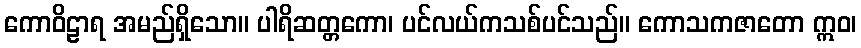
ကောဝိဠာရ အမည်ရှိသော။ ပါရိဆတ္တကော၊ ပင်လယ်ကသစ်ပင်သည်။ ကောသကဇာတော ဣဝ၊